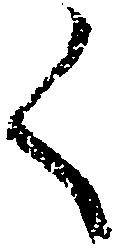
く